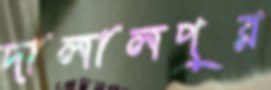
দালালপুর